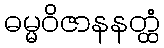
ဓမ္မဝိဇာနနတ္ထံ